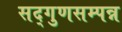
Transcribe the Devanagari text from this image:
सद्गुणसम्पन्न